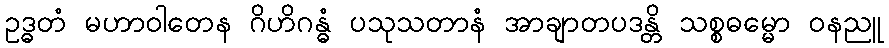
ဥဒ္ဓတံ မဟာဝါတေန ဂိဟိဂန္ဓံ ပသုသတာနံ အာချာတပဒန္တိ သစ္စဓမ္မော ဝနညူ